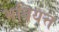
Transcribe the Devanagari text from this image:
भवियत्त